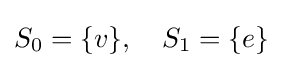
S_{0}=\{v\},\quad S_{1}=\{e\}